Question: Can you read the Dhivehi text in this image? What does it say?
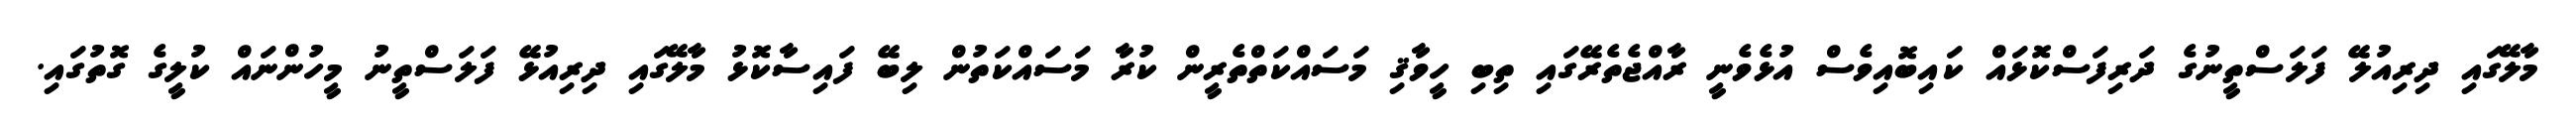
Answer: މާލޭގައި ދިރިއުލޭ ފަލަސްތީނުގެ ދަރިފަސްކޮޅައް ކައިބޮއިވެސް އުޅެވެނީ ރާއްޖެތެރޭގައި ތިބި ހީވާޤި މަސައްކަތްތެރީން ކުރާ މަސައްކަތުން ލިބޭ ފައިސާކޮޅު މާލޭގައި ދިރިއުޅޭ ފަލަސްތީނު މީހުންނައް ކުލީގެ ގޮތުގައި.